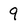
Character: 9